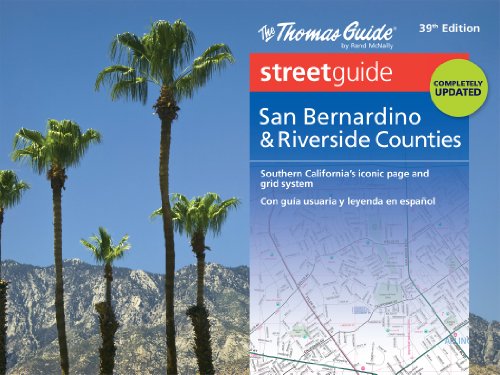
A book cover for Thomas Guide: San Bernardino & Riverside Counties Street Guide; Rand McNally; Reference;